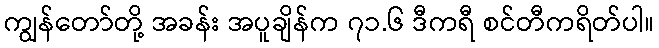
ကျွန်တော်တို့ အခန်း အပူချိန်က ၇၁.၆ ဒီကရီ စင်တီကရိတ်ပါ။